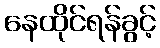
နေထိုင်ရန်ခွင့်